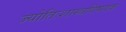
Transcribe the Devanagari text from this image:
ज्योतिःशास्त्रविषयक